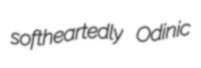
softheartedly Odinic